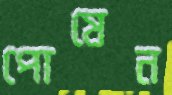
পোষেন